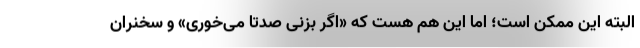
البته این ممکن است؛ اما این هم هست که «اگر بزنی صدتا می‌خوری» و سخنران